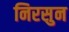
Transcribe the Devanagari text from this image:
निरसुन